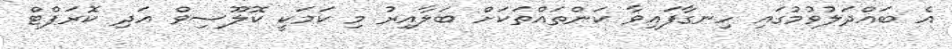
އެ ބައްދަލުވުމުގައި ހިނގާފައިވާ ކަންތައްތަކަށް ބަލާއިރު މި ކަމަކީ ކޮލޫސިވް އަދި ކޮރަޕްޓް